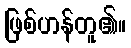
ဖြစ်ဟန်တူ၏။